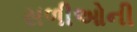
સળીઓની